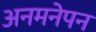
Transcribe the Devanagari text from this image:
अनमनेपन